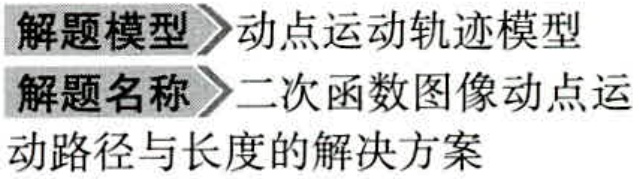
解题模型 动点运动轨迹模型
解题名称 二次函数图像动点运
动路径与长度的解决方案